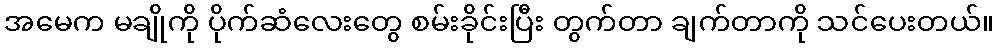
အမေက မချိုကို ပိုက်ဆံလေးတွေ စမ်းခိုင်းပြီး တွက်တာ ချက်တာကို သင်ပေးတယ်။